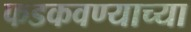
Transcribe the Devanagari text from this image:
फडकवण्याच्या